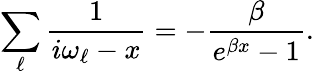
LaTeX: \sum_{\ell}\frac{1}{i\omega_{\ell}-x}=-\frac{\beta}{e^{\beta x}-1}.